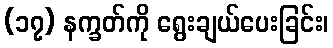
(၁၇) နက္ခတ်ကို ရွေးချယ်ပေးခြင်း၊